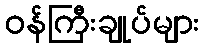
ဝန်ကြီးချုပ်များ